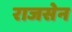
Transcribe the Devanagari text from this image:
राजसेन